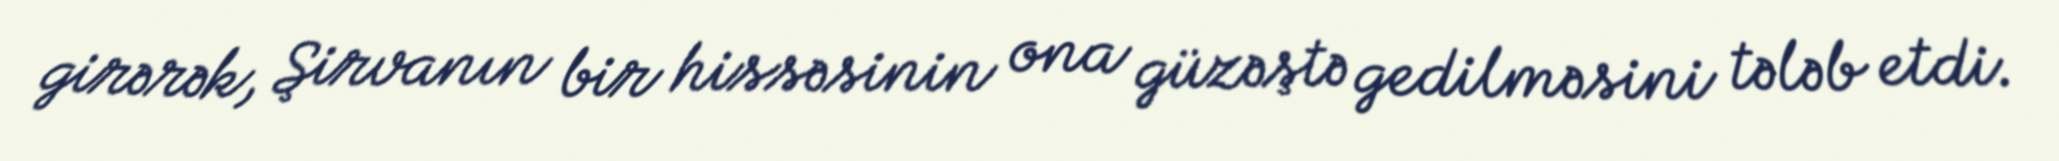
girərək, Şirvanın bir hissəsinin ona güzəştə gedilməsini tələb etdi.